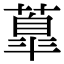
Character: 𦺆